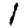
Digit: 1